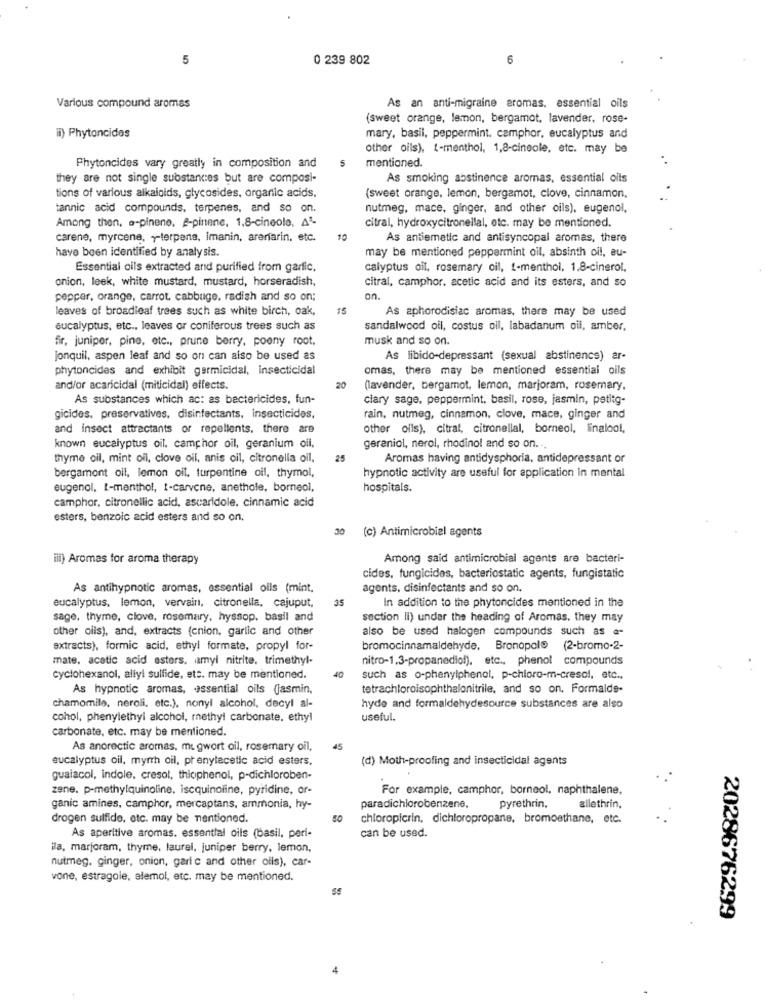
5
0 239 802
6
Various compound aromas
As an anti-migraine aromas. essential oils
(sweet orange, lemon, bergamot, lavender, rose-
il) Phytoncides
mary, basil, peppermint, camphor, eucalyptus and
other oils), 1-menthol, 1,8-cineole, etc. may be
5
mentioned.
Phytoncides vary greatly in composition and
they are not single substances but are composi-
As smoking abstinence aromas, essential oils
tions of various alkaloids, glycosides, organic acids,
(sweet orange, lemon, bergamot, clove, cinnamon,
tannic acid compounds, terpenes, and so on.
nutmeg, mace, ginger, and other oils), eugenol,
Among then, a-pinene. a-pinene, 1.8-cineole. A'-
citral, hydroxycitronellal, etc. may be mentioned.
carene, myrcene, y-terpene, Imanin, arenarin, etc.
10
As antiemetic and antisyncopal aromas, there
have been identified by analysis.
may be mentioned peppermint oil, absinth oi !, au-
Essential oils extracted and purified from garfic.
calyptus oil, rosemary oil, !- menthol, 1.8-cinerol,
citral, camphor. acetic acid and its esters, and so
onion, leek, white mustard, mustard, horseradish,
pepper, orange, carrot, cabbage, radish and so on;
an.
leaves of broadleaf trees such as white birch, oak,
15
As aphorodisiac aromas, there may be used
eucalyptus, etc ., leaves or coniferous trees such as
sandalwood oil, costus oil, labadanum oil, amber.
fir, juniper, pine, etc ., prune berry, poony root.
musk and so on.
jonquil, aspen leaf and so on can also be used as
As libido-depressant (sexual abstinence) er-
phytoncides and exhibit germicidal, insecticidal
omas, there may be mentioned essential oils
and/or acaricidal (miticidal) effects
20
(lavender, bergamot, lemon, marjoram, rosemary,
As substances which ac: as bactericides, fun-
clary sage, peppermint, basil, rose, jasmin, petitg-
gicides, preservatives, disinfectants, insecticides,
rain, nutmeg, cinnamon, clove, mace, ginger and
and insect attractants or repellents. there are
other oils), citral, citronellal, borneol, linalool,
known eucalyptus oil. camphor oil, geranium oli,
geraniol, nerol, rhodinol and so on ...
thyme oil, mint oll, clove oil, anis cil, citronella oil,
Aromas having antidysphoria, antidepressant or
bergamont oil, lemon oil, turpentine oil, thymol,
hypnotic activity are useful for application in mental
eugenol, I-menthol, 1-carvene, anethole, borneol,
hospitals.
camphor, citronellic acid, ascaridole, cinnamic acid
esters, benzoic acid esters and so on,
30 (c) Antimicrobial agents
ill) Aromas for aroma therapy
Among said antimicrobial agents are bacteri-
cides, fungicides, bacteriostatic agents, fungistatic
As antihypnotic aromas, essential oils (mint.
agents, disinfectants and so on.
eucalyptus, lemon, vervain, citronella, cajuput,
35
In addition to the phytoncides mentioned in the
sage, thyme, clove, rosemary, hyssop, basil and
section li) under the heading of Aromas, they may
other olis), and, extracts (cnion, garlic and other
also be used halogen compounds such as a-
extracts), formic acid, ethyl formate, propyl for-
bromocinnamaldehyde, Bronopole (2-bromo-2-
mate, acetic acid esters. amyl nitrite. trimethyl-
nitro-1.3-propanediol), etc ., phenol compounds
cyclohexanol, allyl sulfide, ets. may be mentioned.
40
such as o-phenylphenol, p-chloro-m-cresol, etc .,
As hypnotic aromas, essential oils (jasmin,
tetrachloroisophthalonitrile, and so on. Formalde-
chamomile, neroli, etc.), nonyl alcohol, decyl al-
hyde and formaldehydesource substances are also
cohol, phenylethyl alcohol, methyl carbonate. ethyl
useful.
carbonate, etc. may be mentioned.
As anorectic aromas, migwort oil, rosemary oil,
45
eucalyptus oil, myrrh oil, prenylecetic acid esters.
(d) Moth-proofing and insecticidal agents
guaiacol, indole, cresol, thicphenol, p-dichloroben-
zene. p-methylquinoline, iscquinoline, pyridine, or-
For example, camphor, borneol, naphthalene,
ganic amines, camphor, mercaptans, ammonia, hy-
paradichlorobenzene,
pyrethrin.
allethrin.
drogen sulfide, etc. may be mentioned.
chloropicrin, dichloropropane, bromoethane, etc.
can be used.
As aperitive aromas. essential oils (basil, peri-
Hla, marjoram, thyme, laurel, juniper berry, lemon,
nutmeg. ginger, onion, garic and other oils), car-
vone, estragoie, alemoi, etc. may be mentioned.
2028676299